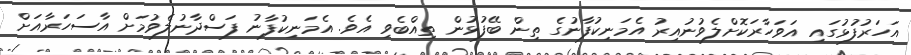
އަހަރުފުޅުގައި އަވަހާރަކޮށްލެވުނުއިރު އެމަނިކުފާނުގެ ތިން ބޭފުޅުން ތިއްބެވި އެވެ. އެމަނިކުފާނު ފަސްދާނުލެވުމަށް އާސަހަރާއަށް